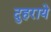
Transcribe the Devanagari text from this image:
दुहराये